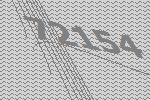
72154